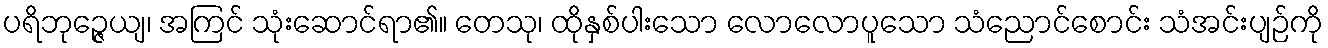
ပရိဘုဉ္ဇေယျ၊ အကြင် သုံးဆောင်ရာ၏။ တေသု၊ ထိုနှစ်ပါးသော လောလောပူသော သံညောင်စောင်း သံအင်းပျဉ်ကို